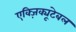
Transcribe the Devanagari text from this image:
एक्ज़िक्यूटेबल